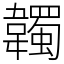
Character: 韣